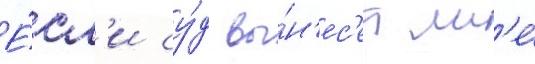
Е́сл'и су́д вы́н'ес'ет мн'е́